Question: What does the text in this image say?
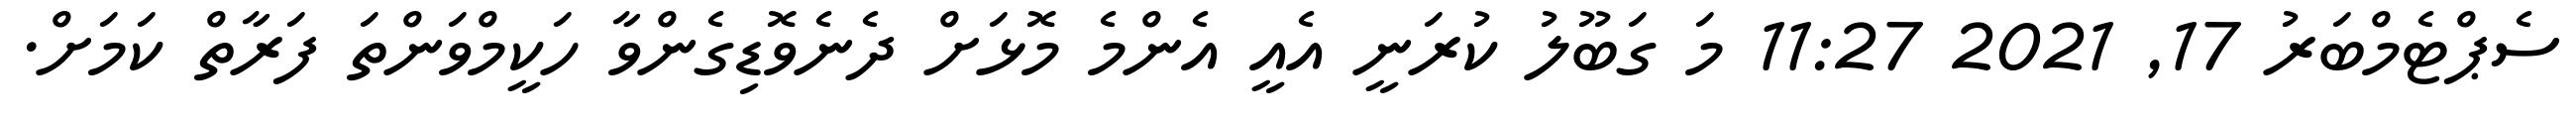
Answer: ސެޕްޓެމްބަރު 17, 2021 11:27 މަ ގަބޫލު ކުރަނީ އެއީ އެންމެ މޮޅަށް ދެނެވޮޑިގެންވާ ހަކީމްވަންތަ ފަރާތް ކަމަށް.